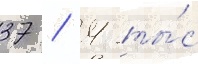
37 / 4 ты́с